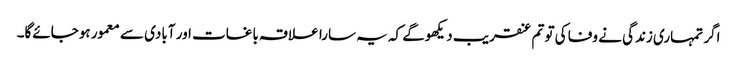
اگر تمہاری زندگی نے وفا کی تو تم عنقریب دیکھوگے کہ یہ سارا علاقہ باغات اور آبادی سے معمور ہوجائےگا۔